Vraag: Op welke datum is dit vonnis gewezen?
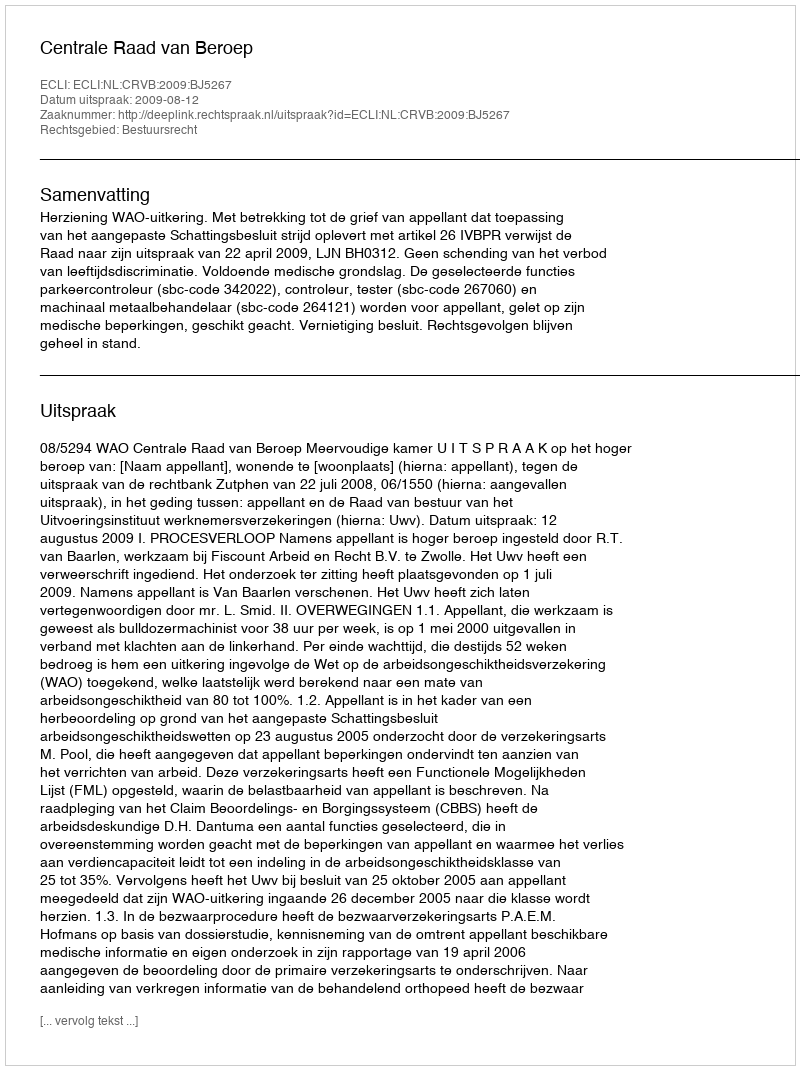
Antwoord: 2009-08-12